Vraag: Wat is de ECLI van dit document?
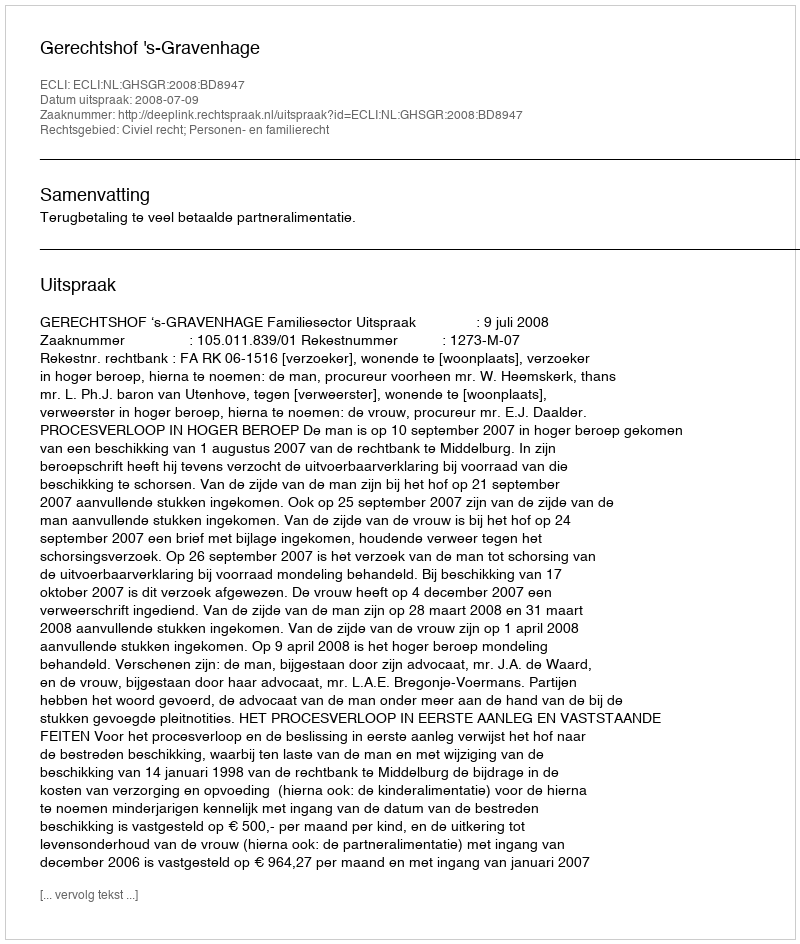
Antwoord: ECLI:NL:GHSGR:2008:BD8947